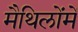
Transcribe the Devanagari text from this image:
मैथिलोंमें